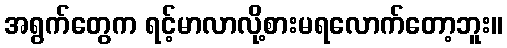
အရွက်တွေက ရင့်မာလာလို့စားမရလောက်တော့ဘူး။